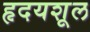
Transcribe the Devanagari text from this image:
हृदयशूल